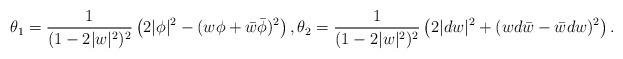
LaTeX: \begin{align*}\theta_1 = \frac{1}{(1-2|w|^2)^2}\left(2|\phi|^2 -(w\phi+\bar w\bar\phi)^2\right),\theta_2 = \frac{1}{(1-2|w|^2)^2}\left(2|dw|^2+ (wd\bar w-\bar w dw)^2\right).\end{align*}